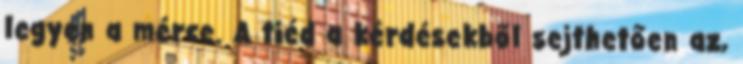
legyen a mérce. A tiéd a kérdésekből sejthetően az,